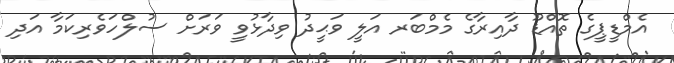
އެމްޑީޕީގެ ތޮއްޑޫ ދާއިރާގެ މެމްބަރ އަލީ ވަޙީދު ވިދާޅުވީ ވަރަށް ސުލްހަވެރިކަމާ އަދި